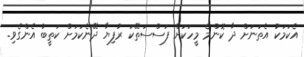
އެކަމަކު އެތަނަށް ދާ ކޮންމެ މީހަކަށް ފަސްސަތޭކަ ރުފިޔާ ދޭނެކަމަށް ކަތީބު އެންގެވި.